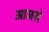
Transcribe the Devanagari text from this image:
आजसे